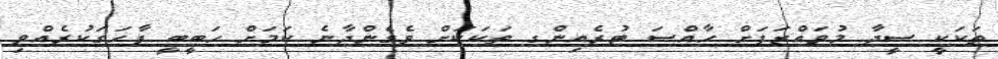
ތަކަކީ ސީދާ މުވައްޒަފަށް ހާއްސަ ޓުރެއިންގ ތަކަކަށް ވެގެންދާނެ ކަމަށް ހަބީބީ ފާހަގަކުރެއްވި